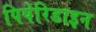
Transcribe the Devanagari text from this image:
पिपेरिडाइन